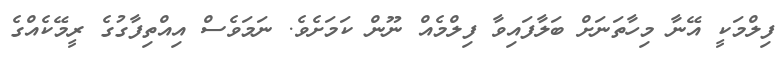
ފިލްމަކީ އޭނާ މިހާތަނަށް ބަލާފައިވާ ފިލްމެއް ނޫން ކަމަށެވެ. ނަމަވެސް އިއްތިފާގުގެ ރީމޭކެއްގެ